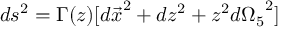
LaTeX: d s ^ { 2 } = \Gamma ( z ) [ { d \vec { x } } ^ { 2 } + d z ^ { 2 } + z ^ { 2 } { d \Omega _ { 5 } } ^ { 2 } ]